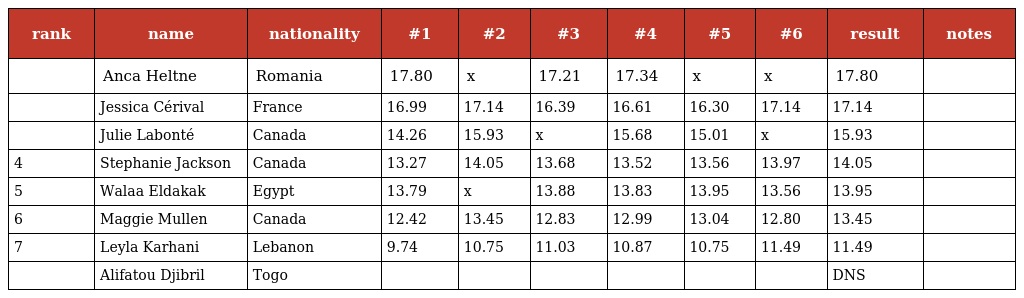
| rank | name | nationality | #1 | #2 | #3 | #4 | #5 | #6 | result | notes |
 | --- | --- | --- | --- | --- | --- | --- | --- | --- | --- | --- |
 |  | Anca Heltne | Romania | 17.80 | x | 17.21 | 17.34 | x | x | 17.80 |  |
 |  | Jessica Cérival | France | 16.99 | 17.14 | 16.39 | 16.61 | 16.30 | 17.14 | 17.14 |  |
 |  | Julie Labonté | Canada | 14.26 | 15.93 | x | 15.68 | 15.01 | x | 15.93 |  |
 | 4 | Stephanie Jackson | Canada | 13.27 | 14.05 | 13.68 | 13.52 | 13.56 | 13.97 | 14.05 |  |
 | 5 | Walaa Eldakak | Egypt | 13.79 | x | 13.88 | 13.83 | 13.95 | 13.56 | 13.95 |  |
 | 6 | Maggie Mullen | Canada | 12.42 | 13.45 | 12.83 | 12.99 | 13.04 | 12.80 | 13.45 |  |
 | 7 | Leyla Karhani | Lebanon | 9.74 | 10.75 | 11.03 | 10.87 | 10.75 | 11.49 | 11.49 |  |
 |  | Alifatou Djibril | Togo |  |  |  |  |  |  | DNS |  |